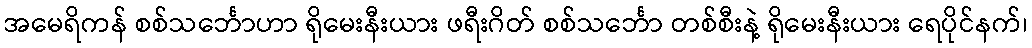
အမေရိကန် စစ်သင်္ဘောဟာ ရိုမေးနီးယား ဖရီးဂိတ် စစ်သင်္ဘော တစ်စီးနဲ့ ရိုမေးနီးယား ရေပိုင်နက်၊